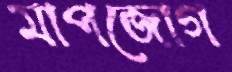
মাপজোগ